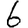
Digit: 6